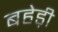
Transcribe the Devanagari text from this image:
बहेड़ी